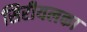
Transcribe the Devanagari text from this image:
सिरीयलका